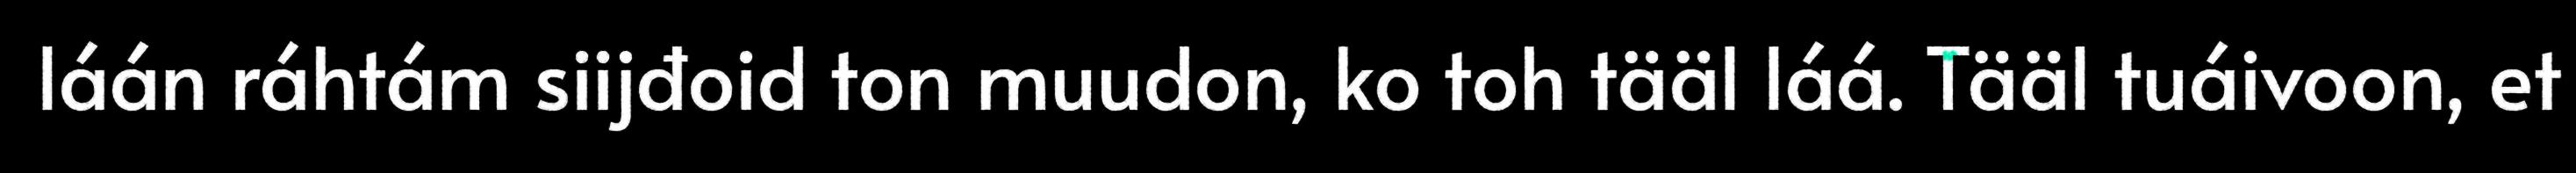
láán ráhtám siijđoid ton muudon, ko toh tääl láá. Tääl tuáivoon, et